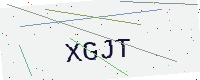
Text: XGJT